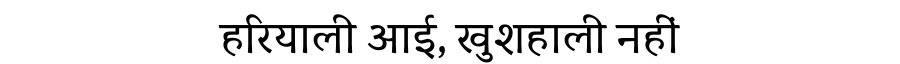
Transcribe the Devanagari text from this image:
हरियाली आई, खुशहाली नहीं